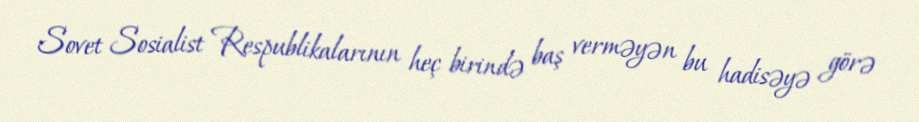
Sovet Sosialist Respublikalarının heç birində baş verməyən bu hadisəyə görə